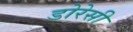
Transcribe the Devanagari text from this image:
डोरेसी